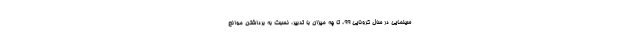
سینمایی در سال کرونایی ۹۹، تا چه میزان با تدبیر، نسبت به برداشتن موانع